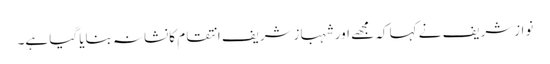
نوازشریف نے کہا کہ مجھے اور شہبازشریف انتقام کانشانہ بنایا گیا ہے۔